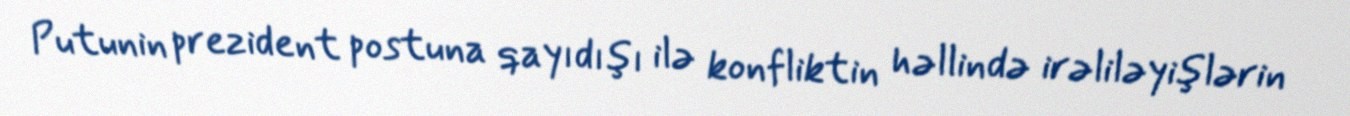
Putunin prezident postuna qayıdışı ilə konfliktin həllində irəliləyişlərin